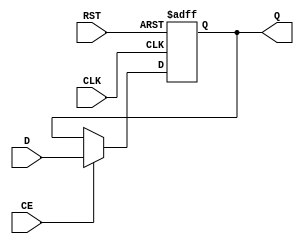
module InputRegister (
    input wire D,           // Data input
    input wire CLK,         // Clock input
    input wire RST,         // Asynchronous reset input
    input wire CE,          // Clock enable input (optional)
    output reg Q           // Data output
);

// Asynchronous reset implementation
always @(posedge CLK or posedge RST) begin
    if (RST) begin
        Q <= 1'b0;  // Reset output to 0
    end else if (CE) begin
        Q <= D;     // Capture data on rising edge of CLK if CE is high
    end
end

endmodule